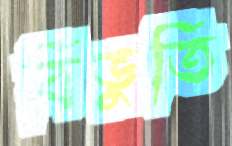
বিভুতি